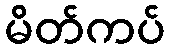
မိတ်ကပ်